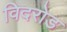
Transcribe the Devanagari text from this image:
विदरोड